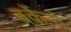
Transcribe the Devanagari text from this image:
बर्केनो